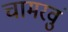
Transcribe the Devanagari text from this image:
चामरवुं